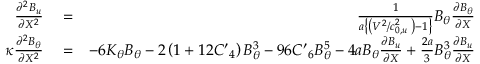
\begin{array} { r l r } { \frac { { { \partial } ^ { 2 } } { { B } _ { u } } } { \partial { { X } ^ { 2 } } } } & { { } = } & { \frac { 1 } { a \left\{ \left( { { { V } ^ { 2 } } } / { c _ { 0 , u } ^ { 2 } } \; \right) - 1 \right\} } { { B } _ { \theta } } \frac { \partial { { B } _ { \theta } } } { \partial X } } \\ { \kappa \frac { { { \partial } ^ { 2 } } { { B } _ { \theta } } } { \partial { { X } ^ { 2 } } } } & { { } = } & { - 6 { { K } _ { \theta } } { { B } _ { \theta } } - 2 \left( 1 + 1 2 { { { { C } ^ { \prime } } } _ { 4 } } \right) B _ { \theta } ^ { 3 } - 9 6 { { { C } ^ { \prime } } _ { 6 } } B _ { \theta } ^ { 5 } - 4 a { { B } _ { \theta } } \frac { \partial { { B } _ { u } } } { \partial X } + \frac { 2 a } { 3 } B _ { \theta } ^ { 3 } \frac { \partial { { B } _ { u } } } { \partial X } } \end{array}